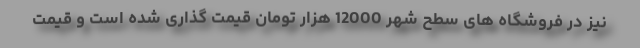
نیز در فروشگاه های سطح شهر 12000 هزار تومان قیمت گذاری شده است و قیمت